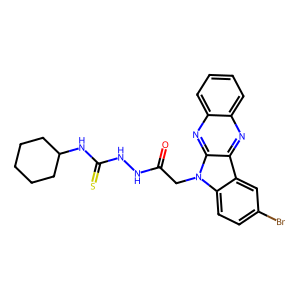
SMILES: O=C(Cn1c2ccc(Br)cc2c2nc3ccccc3nc21)NNC(=S)NC1CCCCC1
Inhibits HIV replication: No